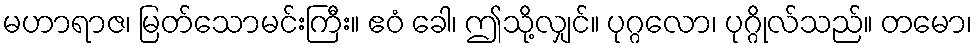
မဟာရာဇ၊ မြတ်သောမင်းကြီး။ ဧဝံ ခေါ၊ ဤသို့လျှင်။ ပုဂ္ဂလော၊ ပုဂ္ဂိုလ်သည်။ တမော၊